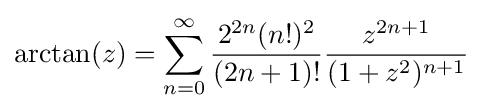
\arctan(z)=\sum _{n=0}^{\infty }{\frac {2^{2n}(n!)^{2}}{(2n+1)!}}{\frac {z^{2n+1}}{(1+z^{2})^{n+1}}}